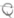
Text: Q